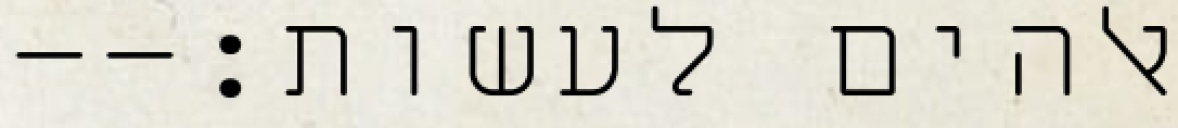
אלהים לעשות׃--